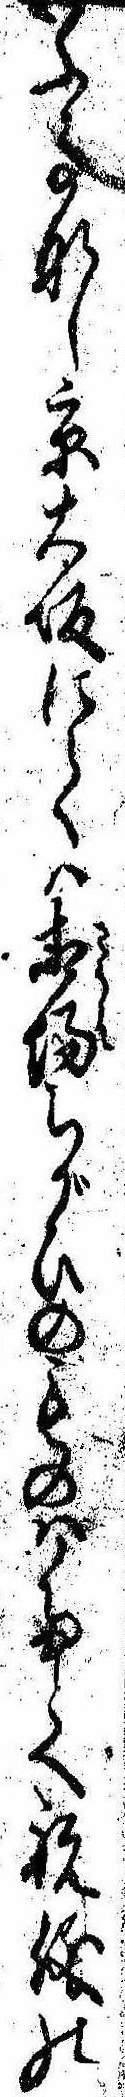
いふ事なし京大坂にては相場ちがひのものはたとへ祝儀の